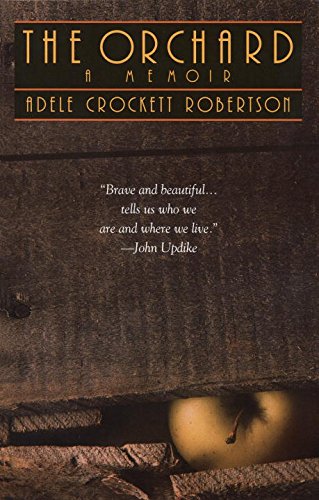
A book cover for The Orchard: A Memoir; Adele Crockett Robertson; Biographies & Memoirs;